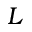
L